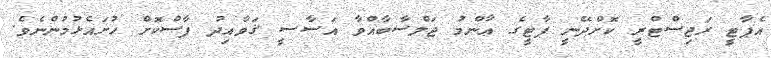
އެޕާޓީ ރަޖިސްޓްރީ ކޮށްދޭނީ ޕާޓީގެ ޢާންމު ޖަލްސާބާއްވާ އަސާސީ ޤަވާއިދު ފާސްކޮށް ހުށައެޅުމުންނެވެ.